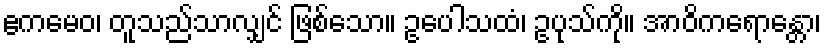
ဧကမေဝ၊ တူသည်သာလျှင် ဖြစ်သော။ ဥပေါသထံ၊ ဥပုသ်ကို။ အာဝိကရောန္တော၊